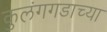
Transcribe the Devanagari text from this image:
कुलंगगडाच्या